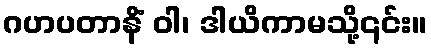
ဂဟပတာနိံ ဝါ၊ ဒါယိကာမသို့၎င်း။